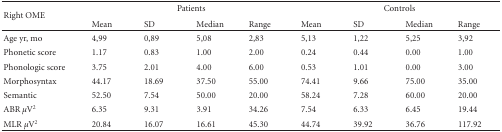
<table><thead><tr><td rowspan="2"><b>Right OME</b></td><td colspan="4"><b>Patients</b></td><td colspan="4"><b>Controls</b></td></tr><tr><td><b>Mean</b></td><td><b>SD</b></td><td><b>Median</b></td><td><b>Range</b></td><td><b>Mean</b></td><td><b>SD</b></td><td><b>Median</b></td><td><b>Range</b></td></tr></thead><tbody><tr><td>Age yr, mo</td><td>4,99</td><td>0,89</td><td>5,08</td><td>2,83</td><td>5,13</td><td>1,22</td><td>5,25</td><td>3,92</td></tr><tr><td>Phonetic score</td><td>1.17</td><td>0.83</td><td>1.00</td><td>2.00</td><td>0.24</td><td>0.44</td><td>0.00</td><td>1.00</td></tr><tr><td>Phonologic score</td><td>3.75</td><td>2.01</td><td>4.00</td><td>6.00</td><td>0.53</td><td>1.01</td><td>0.00</td><td>3.00</td></tr><tr><td>Morphosyntax</td><td>44.17</td><td>18.69</td><td>37.50</td><td>55.00</td><td>74.41</td><td>9.66</td><td>75.00</td><td>35.00</td></tr><tr><td>Semantic</td><td>52.50</td><td>7.54</td><td>50.00</td><td>20.00</td><td>58.24</td><td>7.28</td><td>60.00</td><td>20.00</td></tr><tr><td>ABR <i>μ</i>V2</td><td>6.35</td><td>9.31</td><td>3.91</td><td>34.26</td><td>7.54</td><td>6.33</td><td>6.45</td><td>19.44</td></tr><tr><td>MLR <i>μ</i>V2</td><td>20.84</td><td>16.07</td><td>16.61</td><td>45.30</td><td>44.74</td><td>39.92</td><td>36.76</td><td>117.92</td></tr></tbody></table>